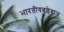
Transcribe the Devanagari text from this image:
भारतीयबल्लेबाज